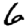
Digit: 6